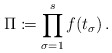
\begin{align*}\Pi \coloneqq \prod_{\sigma = 1}^s f(t_{\sigma})\,.\end{align*}